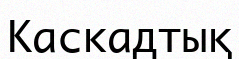
Каскадтық